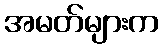
အမတ်များက